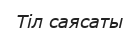
Тіл саясаты